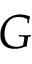
G